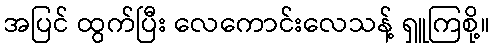
အပြင် ထွက်ပြီး လေကောင်းလေသန့် ရှူကြစို့။